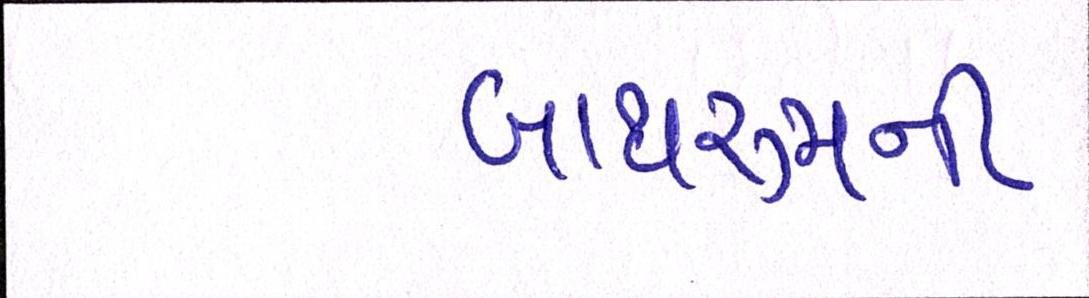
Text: બાથરૂમની